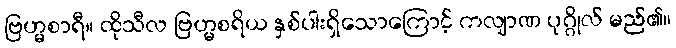
ဗြဟ္မစာရီ။ ထိုသီလ ဗြဟ္မစရိယ နှစ်ပါးရှိသောကြောင့် ကလျာဏ ပုဂ္ဂိုလ် မည်၏။